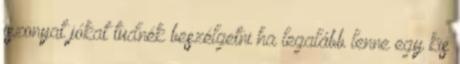
iszonyat jókat tudnék beszélgetni ha legalább lenne egy kis